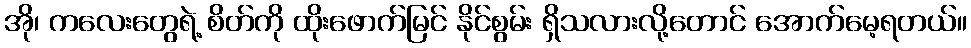
အို၊ ကလေးတွေရဲ့ စိတ်ကို ထိုးဖောက်မြင် နိုင်စွမ်း ရှိသလားလို့တောင် အောက်မေ့ရတယ်။